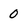
Character: 0